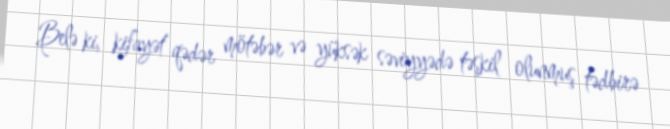
Belə ki, kifayət qədər mötəbər və yüksək səviyyədə təşkil olunmuş tədbirə